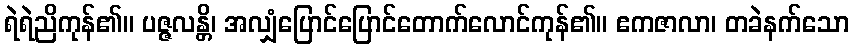
ရဲရဲညိကုန်၏။ ပဇ္ဇလန္တိ၊ အလျှံပြောင်ပြောင်တောက်လောင်ကုန်၏။ ဧကဇာလာ၊ တခဲနက်သော